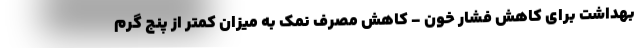
بهداشت برای کاهش فشار خون - کاهش مصرف نمک به میزان کمتر از پنج گرم